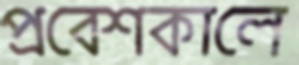
প্রবেশকালে